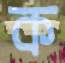
ক